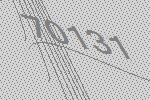
70131